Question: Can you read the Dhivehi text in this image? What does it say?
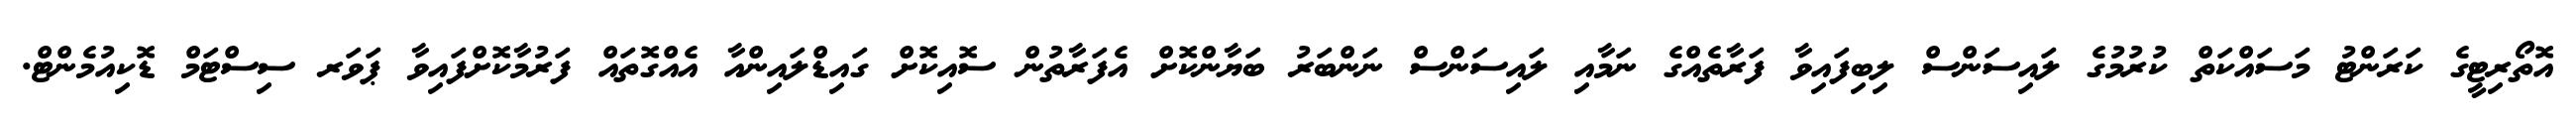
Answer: އޮތޯރިޓީގެ ކަރަންޓު މަސައްކަތް ކުރުމުގެ ލައިސަންސް ލިބިފައިވާ ފަރާތެއްގެ ނަމާއި ލައިސަންސް ނަންބަރު ބަޔާންކޮށް އެފަރާތުން ސޮއިކޮށް ގައިޑްލައިންއާ އެއްގޮތައް ފަރުމާކޮށްފައިވާ ޕަވަރ ސިސްޓަމް ޑޮކިއުމެންޓް.